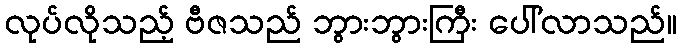
လုပ်လိုသည့် ဗီဇသည် ဘွားဘွားကြီး ပေါ်လာသည်။